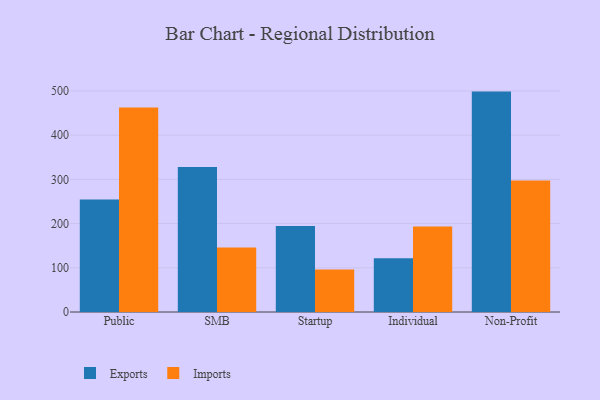
{"axis": {"x": "Segment", "y": "Population (Million)"}, "legend": ["Exports", "Imports"], "data": [{"x": "Public", "y": 254.4, "type": "Exports"}, {"x": "Public", "y": 462.3, "type": "Imports"}, {"x": "SMB", "y": 328.2, "type": "Exports"}, {"x": "SMB", "y": 145.9, "type": "Imports"}, {"x": "Startup", "y": 194.3, "type": "Exports"}, {"x": "Startup", "y": 96.3, "type": "Imports"}, {"x": "Individual", "y": 121.3, "type": "Exports"}, {"x": "Individual", "y": 193.6, "type": "Imports"}, {"x": "Non-Profit", "y": 498.5, "type": "Exports"}, {"x": "Non-Profit", "y": 297.2, "type": "Imports"}]}